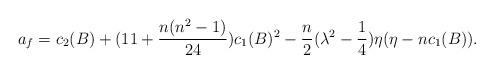
LaTeX: \begin{align*}a_{f}=c_{2}(B)+(11+\frac{n(n^{2}-1)}{24})c_{1}(B)^{2}-\frac{n}{2}(\lambda^{2}-\frac{1}{4})\eta(\eta-nc_{1}(B)).\end{align*}